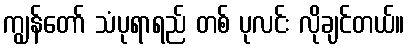
ကျွန်တော် သံပုရာရည် တစ် ပုလင်း လိုချင်တယ်။